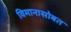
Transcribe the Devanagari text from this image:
विमानासोबत